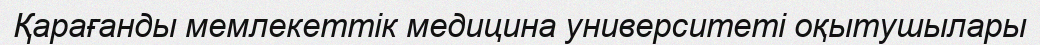
Қарағанды мемлекеттік медицина университеті оқытушылары